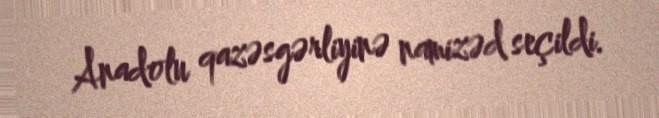
Anadolu qazəsgərliyinə namizəd seçildi.